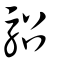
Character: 駋